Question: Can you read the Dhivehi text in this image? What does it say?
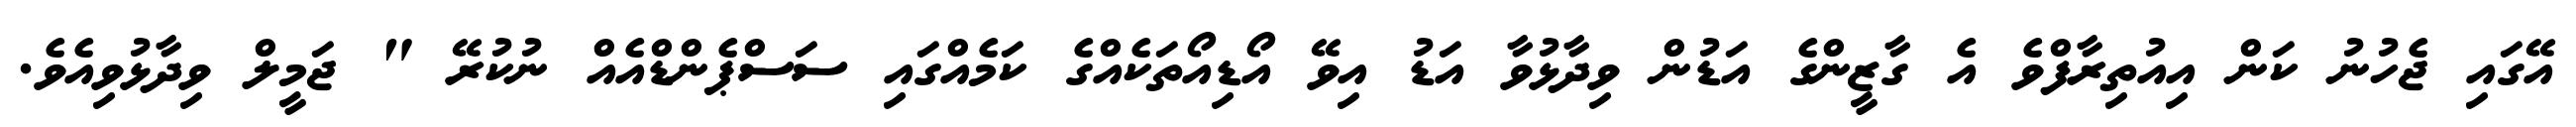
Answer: އޭގައި ޖެހުނު ކަން އިއުތިރާފްވެ އެ ގާޒީންގެ އަޑުން ވިދާޅުވާ އަޑު އިވޭ އޯޑިއޯތަކެއްގެ ކަމެއްގައި ސަސްޕެންޑްއެއް ނުކުރޭ " ޖަމީލް ވިދާޅުވިއެވެ.